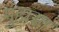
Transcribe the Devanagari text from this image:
मुंहासा